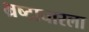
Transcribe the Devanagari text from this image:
भ्रष्टाचारला